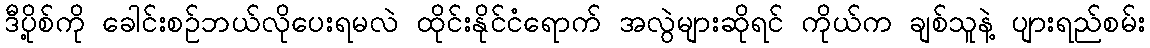
ဒီပို့စ်ကို ခေါင်းစဉ်ဘယ်လိုပေးရမလဲ ထိုင်းနိုင်ငံရောက် အလွဲများဆိုရင် ကိုယ်က ချစ်သူနဲ့ ပျားရည်စမ်း